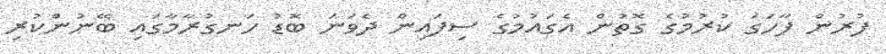
ފުރުން ފާހަގަ ކުރުމުގެ ގޮތުން އެގައުމުގެ ސިފައިން ދެވަނަ ބޮޑު ހަނގުރާމާގައި ބޭނުންކުރި